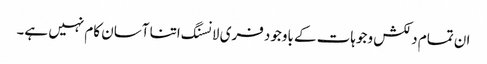
ان تمام دلکش وجوہات کے باوجود فری لانسنگ اتنا آسان کام نہیں ہے۔